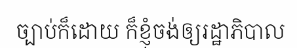
ច្បាប់ក៏ដោយ ក៏ខ្ញុំចង់ឲ្យរដ្ឋាភិបាល